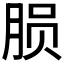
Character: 𬁽